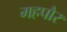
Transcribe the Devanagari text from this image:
महपौर